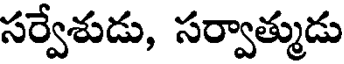
సర్వేశుడు, సర్వాత్ముడు